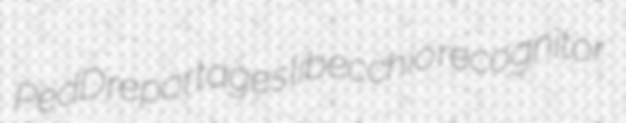
PedD reportages libecchio recognitor